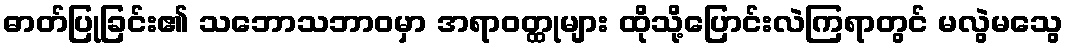
ဓာတ်ပြုခြင်း၏ သဘောသဘာဝမှာ အရာဝတ္ထုများ ထိုသို့ပြောင်းလဲကြရာတွင် မလွဲမသွေ